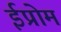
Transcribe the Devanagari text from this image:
ईप्रोम